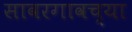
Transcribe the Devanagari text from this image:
सावरगावच्या